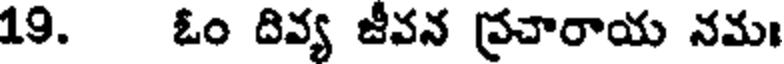
19. ఓం దివ్య జీవన ప్రచారాయ నమః